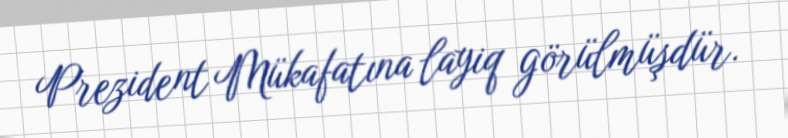
Prezident Mükafatına layiq görülmüşdür.